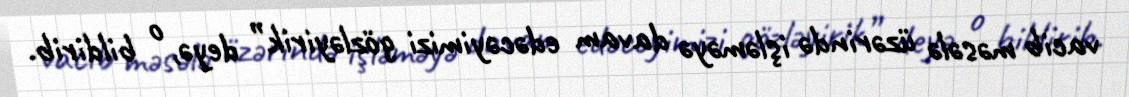
vacib məsələ üzərində işləməyə davam edəcəyimizi gözləyirik” deyə, o bildirib.